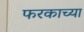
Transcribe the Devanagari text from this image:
फरकाच्या